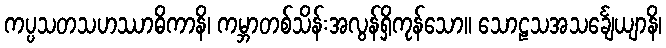
ကပ္ပသတသဟဿာဓိကာနိ၊ ကမ္ဘာတစ်သိန်းအလွန်ရှိကုန်သော။ သောဠသအသင်္ချေယျာနိ၊